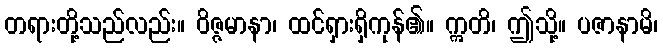
တရားတို့သည်လည်း။ ဝိဇ္ဇမာနာ၊ ထင်ရှားရှိကုန်၏။ ဣတိ၊ ဤသို့။ ပဇာနာမိ၊